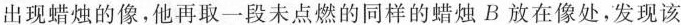
出现蜡烛的像，他再取一段未点燃的同样的蜡烛B放在像处，发现该